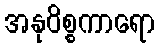
အနုဝိစ္စကာရော